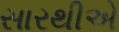
સારથીએ